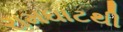
રામઘાટથી